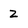
Character: Z